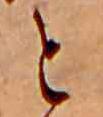
と